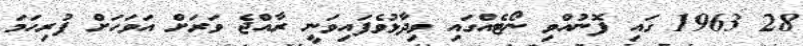
28 1963 ގައި ފޮނުއްވި ނޯޓެއްގައި ވިދާޅުވެފައިވަނީ ރާއްޖެ ވަރަށް އަވަހަށް ފުރިހަމަ